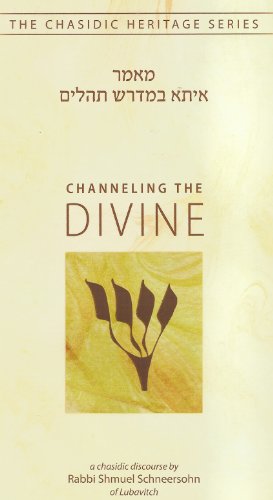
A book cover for Channeling the Divine: Issa Bemidrash Tillim (Chasidic Heritage Series); Avraham Vaisfiche; Religion & Spirituality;